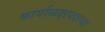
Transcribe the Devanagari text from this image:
कार्याध्यक्षपदाचा